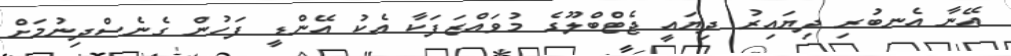
އޭނާ އެނބުރި ދިޔައިރު ދިޔައީ ޖެޓްބްލޫގެ މުވައްޒަފަކާ އެކު އޭންޑީ ފަހުން ގެނެސްދިނުމަށް